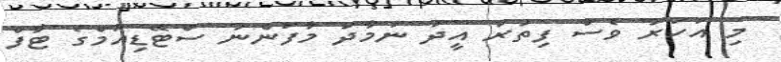
މި އަހަރު ވެސް ފިތުރު އީދު ނަމާދު މާފަންނު ސްޓޭޑިއަމްގެ ޓާފް